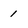
Character: 1